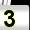
Digit: 3